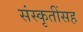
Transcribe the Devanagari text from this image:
संस्कृतींसह